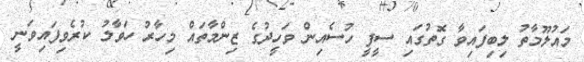
މައުލޫމާތު ލިބިފައިވާ ގޮތުގައި ސީފީ ހުސެއިން ވަހީދުގެ ޒިންމާތައް މިހާރު ހަވާލު ކުރެވިފައިވަނީ